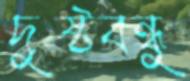
দুষ্টবন্ধু